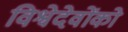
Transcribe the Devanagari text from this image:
विश्वेदेवोंको